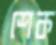
শেক